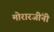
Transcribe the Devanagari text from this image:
मोरारजींनी